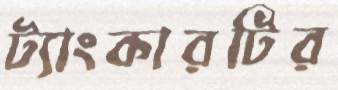
ট্যাংকারটির